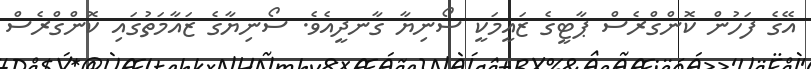
އޭގެ ފަހުން ކޮންގްރެސް ޕާޓީގެ ޒައީމަކީ ސޯނިޔާ ގާނދީއެވެ. ސޯނިޔާގެ ޒައާމަތުގައި ކޮންގްރެސް